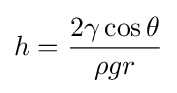
h={{2\gamma \cos {\theta }} \over {\rho gr}}